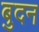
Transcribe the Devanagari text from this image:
बुदन